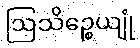
ဩသိဉ္စေယျုံ